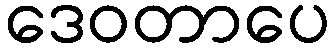
ဒေဝတာပေ